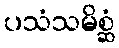
ပသံသမိစ္ဆံ